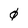
Character: 0